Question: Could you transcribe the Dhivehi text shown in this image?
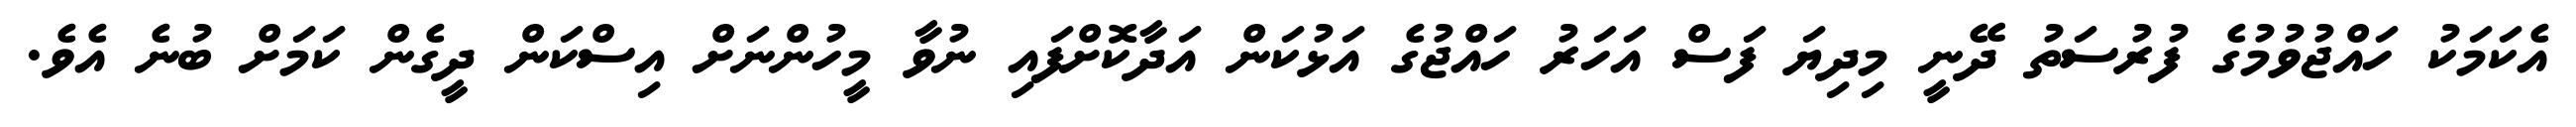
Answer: އެކަމަކު ހައްޖުވުމުގެ ފުރުސަތު ދޭނީ މިދިޔަ ފަސް އަހަރު ހައްޖުގެ އަޅުކަން އަދާކޮށްފައި ނުވާ މީހުންނަށް އިސްކަން ދީގެން ކަމަށް ބުނެ އެވެ.